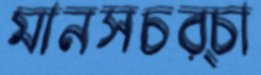
মানসচর্চা